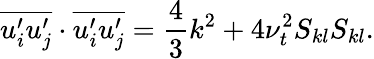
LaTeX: \overline{{u_{i}^{\prime}u_{j}^{\prime}}}\cdot\overline{{u_{i}^{\prime}u_{j}^{\prime}}}=\frac{4}{3}k^{2}+4\nu_{t}^{2}S_{kl}S_{kl}.